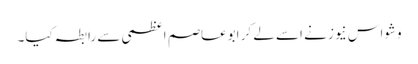
وشواس نیوز نے اسے لے کر ابوعاصم اعظمی سے رابطہ کیا۔